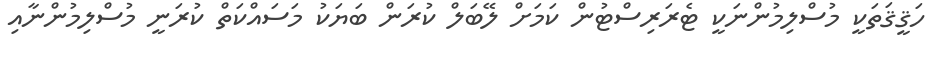
ހަޤީޤަތަކީ މުސްލިމުންނަކީ ޓެރަރިސްޓުން ކަމަށް ލޭބަލް ކުރަން ބަޔަކު މަސައްކަތް ކުރަނީ މުސްލިމުންނާއި